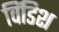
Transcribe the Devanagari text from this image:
विंडिश